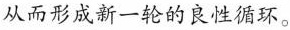
从而形成新一轮的良性循环。